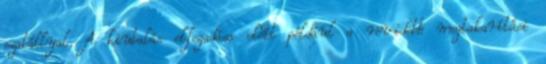
szabállyal. A kiutalás elfogadása előtt például a rövidebb megtakarítási